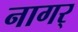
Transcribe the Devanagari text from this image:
नागर्